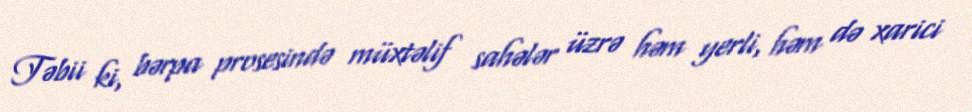
Təbii ki, bərpa prosesində müxtəlif sahələr üzrə həm yerli, həm də xarici